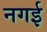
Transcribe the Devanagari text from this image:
नगई